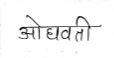
मजकूर: ओघवती